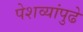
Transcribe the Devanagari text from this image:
पेशव्यांपुढे